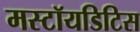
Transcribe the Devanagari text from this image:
मस्टॉयडिटिस